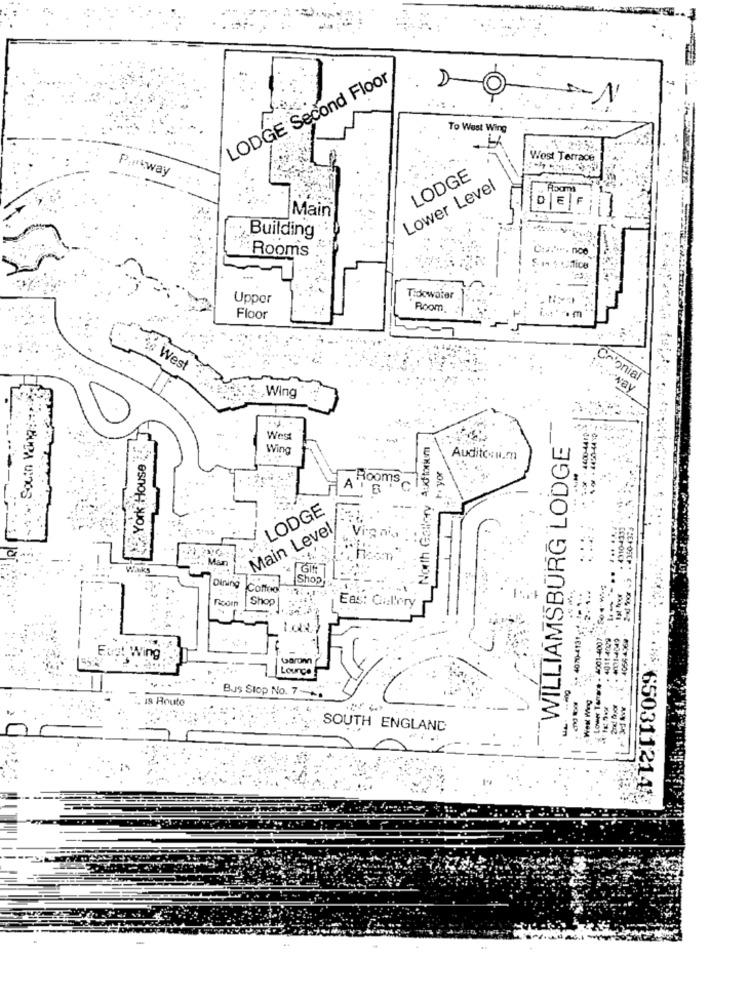
LODGE Second Floor
To West Wing
---
West Terrace
Piway
LODGE
---
Lower Level
E
Main
Building
Rooms
Upper
Tidowater
Room.
Floor
West
Crionial
.. Wing
-way
14% Souin Ving ::::
York House
West
North Gallery Auditorium
WILLIAMSBURG LODGE
Wing
Auditc u.m
AT
Rooms c
-
LODGE
2-xJ for -9 . 4350-4374
Main Level
Vig nis :
GIR
[StroLC) .
Shop
2.1.4
Dining
Coffeo
.... ....
Ficorn
Shop
Eas: Gallery
.....
ing
Garon
Lounge
West Wing
19 Route
Bus Stop No. 7
SOUTH ENGLAND
. 6503112143